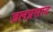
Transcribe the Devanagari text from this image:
जलप्रसाद